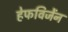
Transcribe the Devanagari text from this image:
हेफविजेंन